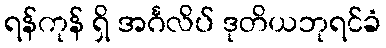
ရန်ကုန် ရှိ အင်္ဂလိပ် ဒုတိယဘုရင်ခံ